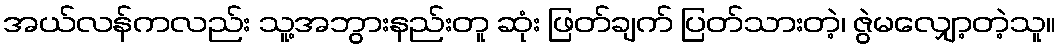
အယ်လန်ကလည်း သူ့အဘွားနည်းတူ ဆုံး ဖြတ်ချက် ပြတ်သားတဲ့၊ ဇွဲမလျှော့တဲ့သူ။